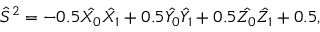
\hat { S } ^ { 2 } = - 0 . 5 \hat { X _ { 0 } } \hat { X _ { 1 } } + 0 . 5 \hat { Y _ { 0 } } \hat { Y _ { 1 } } + 0 . 5 \hat { Z _ { 0 } } \hat { Z _ { 1 } } + 0 . 5 ,